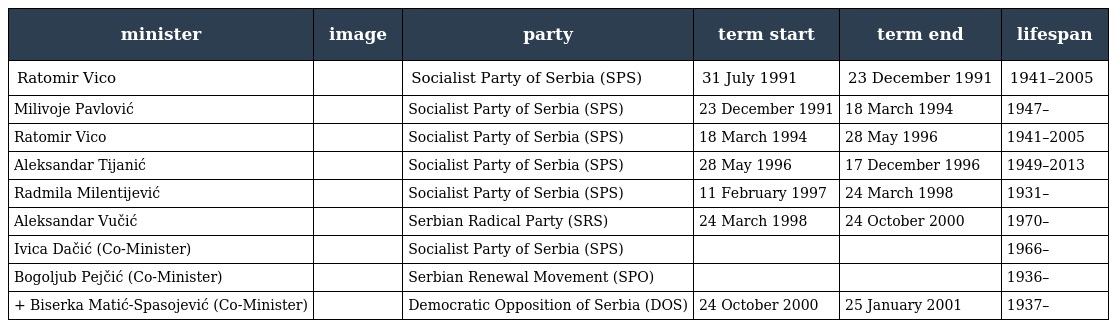
| minister | image | party | term start | term end | lifespan |
 | --- | --- | --- | --- | --- | --- |
 | Ratomir Vico |  | Socialist Party of Serbia (SPS) | 31 July 1991 | 23 December 1991 | 1941–2005 |
 | Milivoje Pavlović |  | Socialist Party of Serbia (SPS) | 23 December 1991 | 18 March 1994 | 1947– |
 | Ratomir Vico |  | Socialist Party of Serbia (SPS) | 18 March 1994 | 28 May 1996 | 1941–2005 |
 | Aleksandar Tijanić |  | Socialist Party of Serbia (SPS) | 28 May 1996 | 17 December 1996 | 1949–2013 |
 | Radmila Milentijević |  | Socialist Party of Serbia (SPS) | 11 February 1997 | 24 March 1998 | 1931– |
 | Aleksandar Vučić |  | Serbian Radical Party (SRS) | 24 March 1998 | 24 October 2000 | 1970– |
 | Ivica Dačić (Co-Minister) |  | Socialist Party of Serbia (SPS) |  |  | 1966– |
 | Bogoljub Pejčić (Co-Minister) |  | Serbian Renewal Movement (SPO) |  |  | 1936– |
 | + Biserka Matić-Spasojević (Co-Minister) |  | Democratic Opposition of Serbia (DOS) | 24 October 2000 | 25 January 2001 | 1937– |